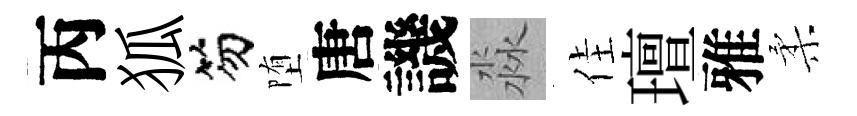
丙狐笏堕唐譏淼佳璮雅柔